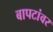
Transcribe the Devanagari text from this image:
बापटांवर